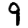
Digit: 9